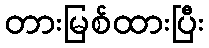
တားမြစ်ထားပြီး